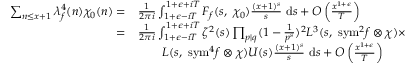
\begin{array} { r l } { \sum _ { n \leq x + 1 } \lambda _ { f } ^ { 4 } ( n ) \chi _ { 0 } ( n ) = } & { \frac { 1 } { 2 \pi i } \int _ { 1 + \epsilon - i T } ^ { 1 + \epsilon + i T } F _ { f } ( s , \ \chi _ { 0 } ) \frac { ( x + 1 ) ^ { s } } { s } \ \mathrm { d } s + O \left( \frac { x ^ { 1 + \epsilon } } { T } \right) } \\ { = } & { \frac { 1 } { 2 \pi i } \int _ { 1 + \epsilon - i T } ^ { 1 + \epsilon + i T } \zeta ^ { 2 } ( s ) \prod _ { p \mid q } ( 1 - \frac { 1 } { p ^ { s } } ) ^ { 2 } L ^ { 3 } ( s , \ { \mathrm { s y m } } ^ { 2 } f \otimes \chi ) \times } \\ & { \qquad L ( s , \ \mathrm { { s y m } } ^ { 4 } f \otimes \chi ) U ( s ) \frac { ( x + 1 ) ^ { s } } { s } \ \mathrm { d } s + O \left( \frac { x ^ { 1 + \epsilon } } { T } \right) } \end{array}